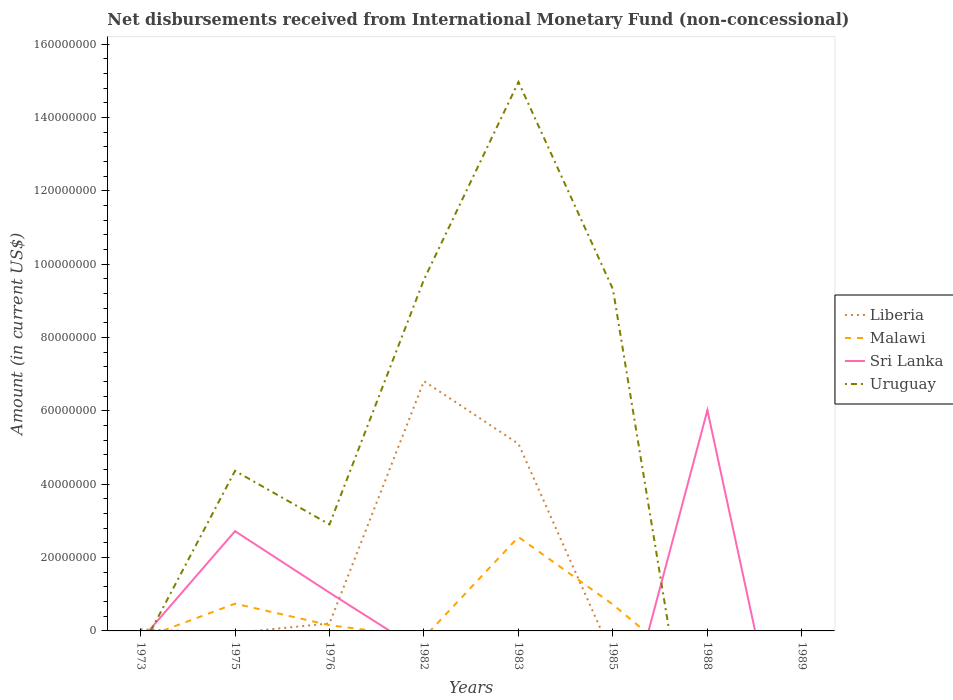
| Years | Liberia | Malawi | Sri Lanka | Uruguay |
 | --- | --- | --- | --- | --- |
 | 1973 | 4.29e+05 | -2.21e+06 | -2.58e+06 | -5.31e+06 |
 | 1975 | -5.22e+05 | 7.43e+06 | 2.72e+07 | 4.36e+07 |
 | 1976 | 2.04e+06 | 1.57e+06 | 1.04e+07 | 2.9e+07 |
 | 1982 | 6.81e+07 | -1.8e+06 | -5.9e+06 | 9.58e+07 |
 | 1983 | 5.1e+07 | 2.56e+07 | -1.11e+07 | 1.5e+08 |
 | 1985 | -7e+06 | 7.2e+06 | -3.64e+07 | 9.32e+07 |
 | 1988 | -1.4e+06 | -1.44e+07 | 6.02e+07 | -6.31e+07 |
 | 1989 | -2.76e+06 | -2.44e+07 | -5.9e+07 | -9.78e+07 |